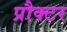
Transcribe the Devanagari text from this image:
प्रौक्टर